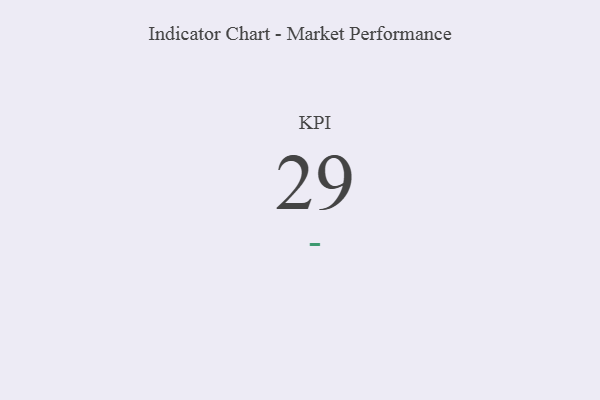
{"axis": {"x": "KPI", "y": "Value"}, "legend": [""], "data": [{"x": "KPI", "y": 29, "type": ""}]}